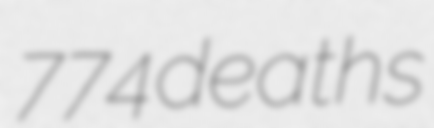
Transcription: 774 deaths